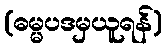
(ဓမ္မပဒမှယူရန်)